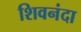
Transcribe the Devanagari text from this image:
शिवनंदा